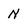
Character: N